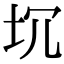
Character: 坈